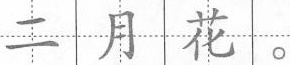
二月花。